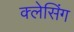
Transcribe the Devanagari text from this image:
क्लेसिंग